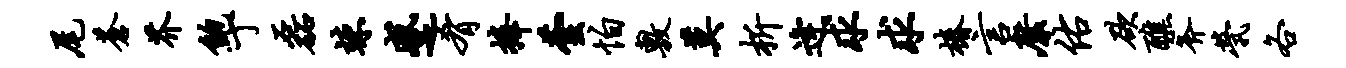
尾苍芥鲍丁磊竦蹙肴捧芸怕敷莫析逄求求椿言縻佑欲醮斧茕各